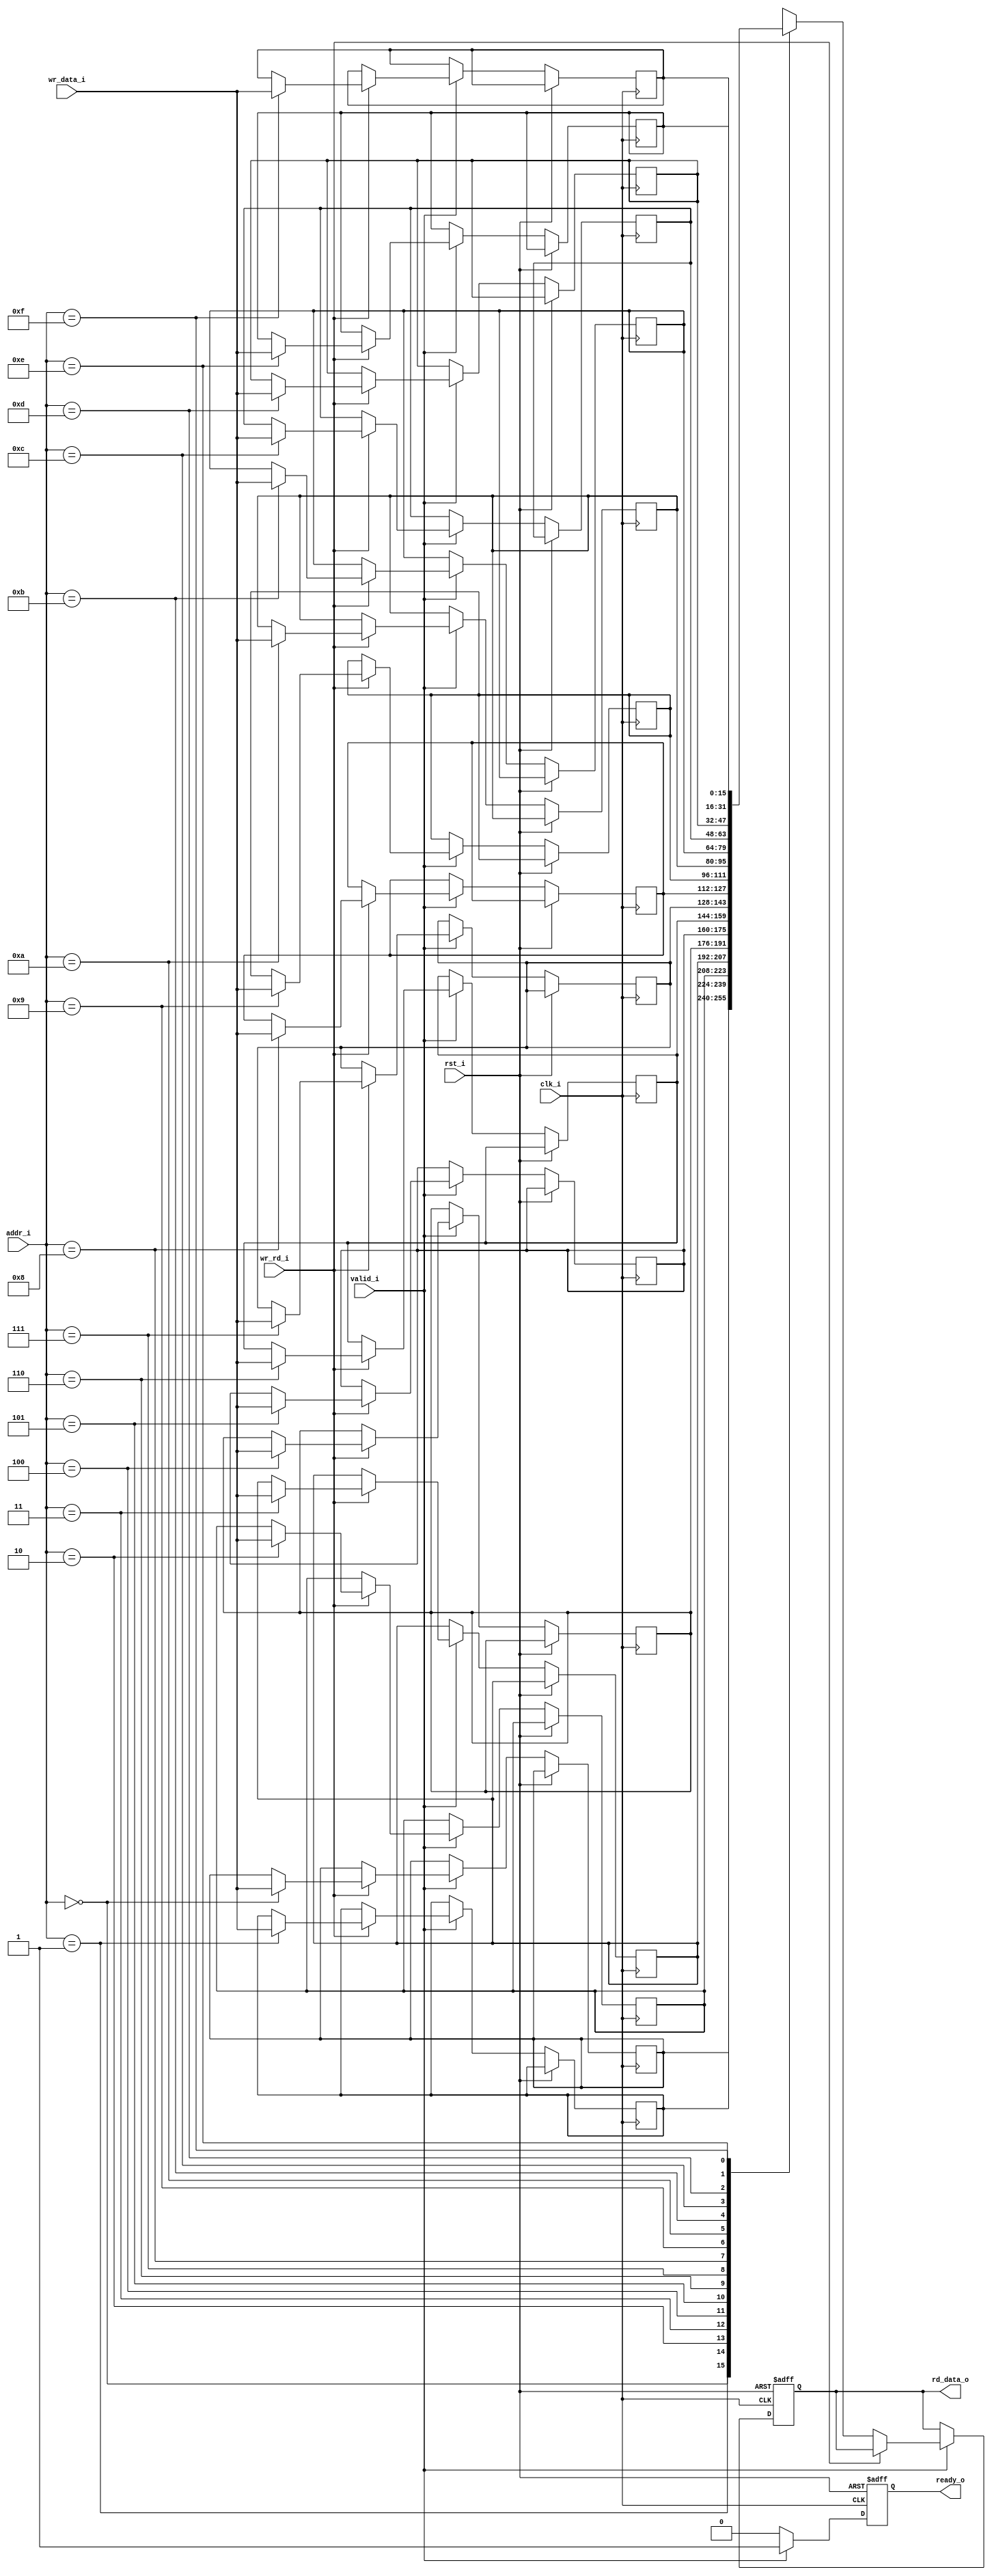
module memory_backdoor

    #(
        parameter WIDTH = 16,
        parameter DEPTH = 16,
        parameter ADDR_LINES = 4
    )
    (
        input   wire    clk_i,
        input   wire    rst_i,
        input   wire    wr_rd_i,
        input   wire    [ADDR_LINES-1:0]    addr_i,
        input   wire    [WIDTH-1:0]         wr_data_i,
        output  reg     [WIDTH-1:0]         rd_data_o,
        input   wire    valid_i,
        output  reg     ready_o
    );

    //define memory
    reg [WIDTH-1:0] mem [DEPTH-1:0];

    always @ (posedge clk_i or posedge rst_i) begin
        
        if (rst_i==1) begin
            rd_data_o <= 0;
            ready_o <= 0;
        end

        else begin
            if(valid_i==1) begin
                
                //wr_rd_i == 1 --> Write
                if(wr_rd_i == 1) begin
                    ready_o <= 1;
                    mem[addr_i] <= wr_data_i;
                end


                //wr_rd_i == 0 --> Read 
                else if (wr_rd_i == 0) begin
                    ready_o <= 1;
                    rd_data_o <= mem[addr_i];
                end

                else
                    ready_o <= 0;
            end

            else
                ready_o <= 0;
        end
    end
endmodule